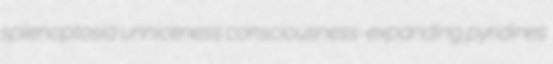
splenoptosia unniceness consciousness-expanding pyridines